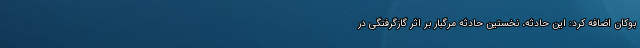
بوکان اضافه کرد: این حادثه، نخستین حادثه مرگبار بر اثر گازگرفتگی در